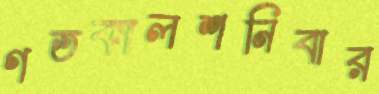
গতকালশনিবার